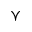
\curlyvee